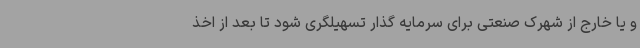
و یا خارج از شهرک صنعتی برای سرمایه گذار تسهیلگری شود تا بعد از اخذ